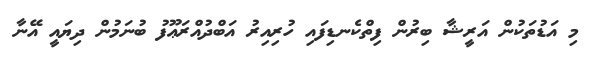
މި އަޑުތަކުން އަރީޝާ ބިރުން ފިތްކެނޑިފައި ހުރިއިރު އަބްދުއްރަޢޫފު ބުނަމުން ދިޔައީ އޭނާ